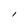
Character: l